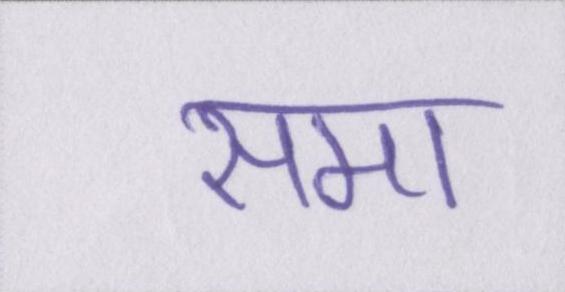
समा